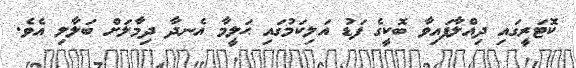
ކޮޓަރީގައި ދިއްލާފައިިިިިިިިިިިިިިިިިިިވާ ބޮކީގެ ފަޑު އަލިކަމުގައި ޙަލީީީީީީީީީީީީީީީީީީީމާ އެނދާ ދިމާލަށް ބަލާލި އެވެ.